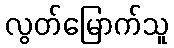
လွတ်မြောက်သူ